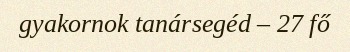
gyakornok tanársegéd – 27 fő